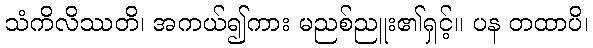
သံကိလိဿတိ၊ အကယ်၍ကား မညစ်ညူး၏ရှင့်။ ပန တထာပိ၊